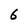
Character: 6